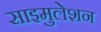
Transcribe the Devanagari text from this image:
साइमुलेशन